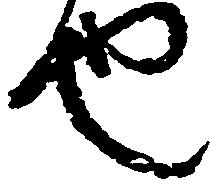
也